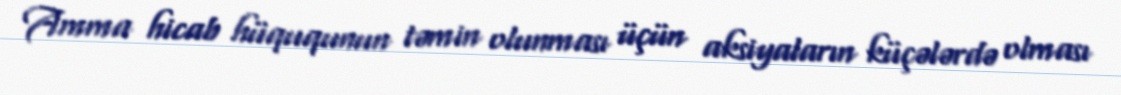
Amma hicab hüququnun təmin olunması üçün aksiyaların küçələrdə olması